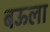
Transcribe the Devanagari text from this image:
बऊला